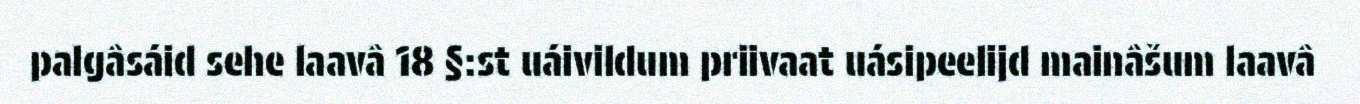
palgâsáid sehe laavâ 18 §:st uáivildum priivaat uásipeelijd mainâšum laavâ